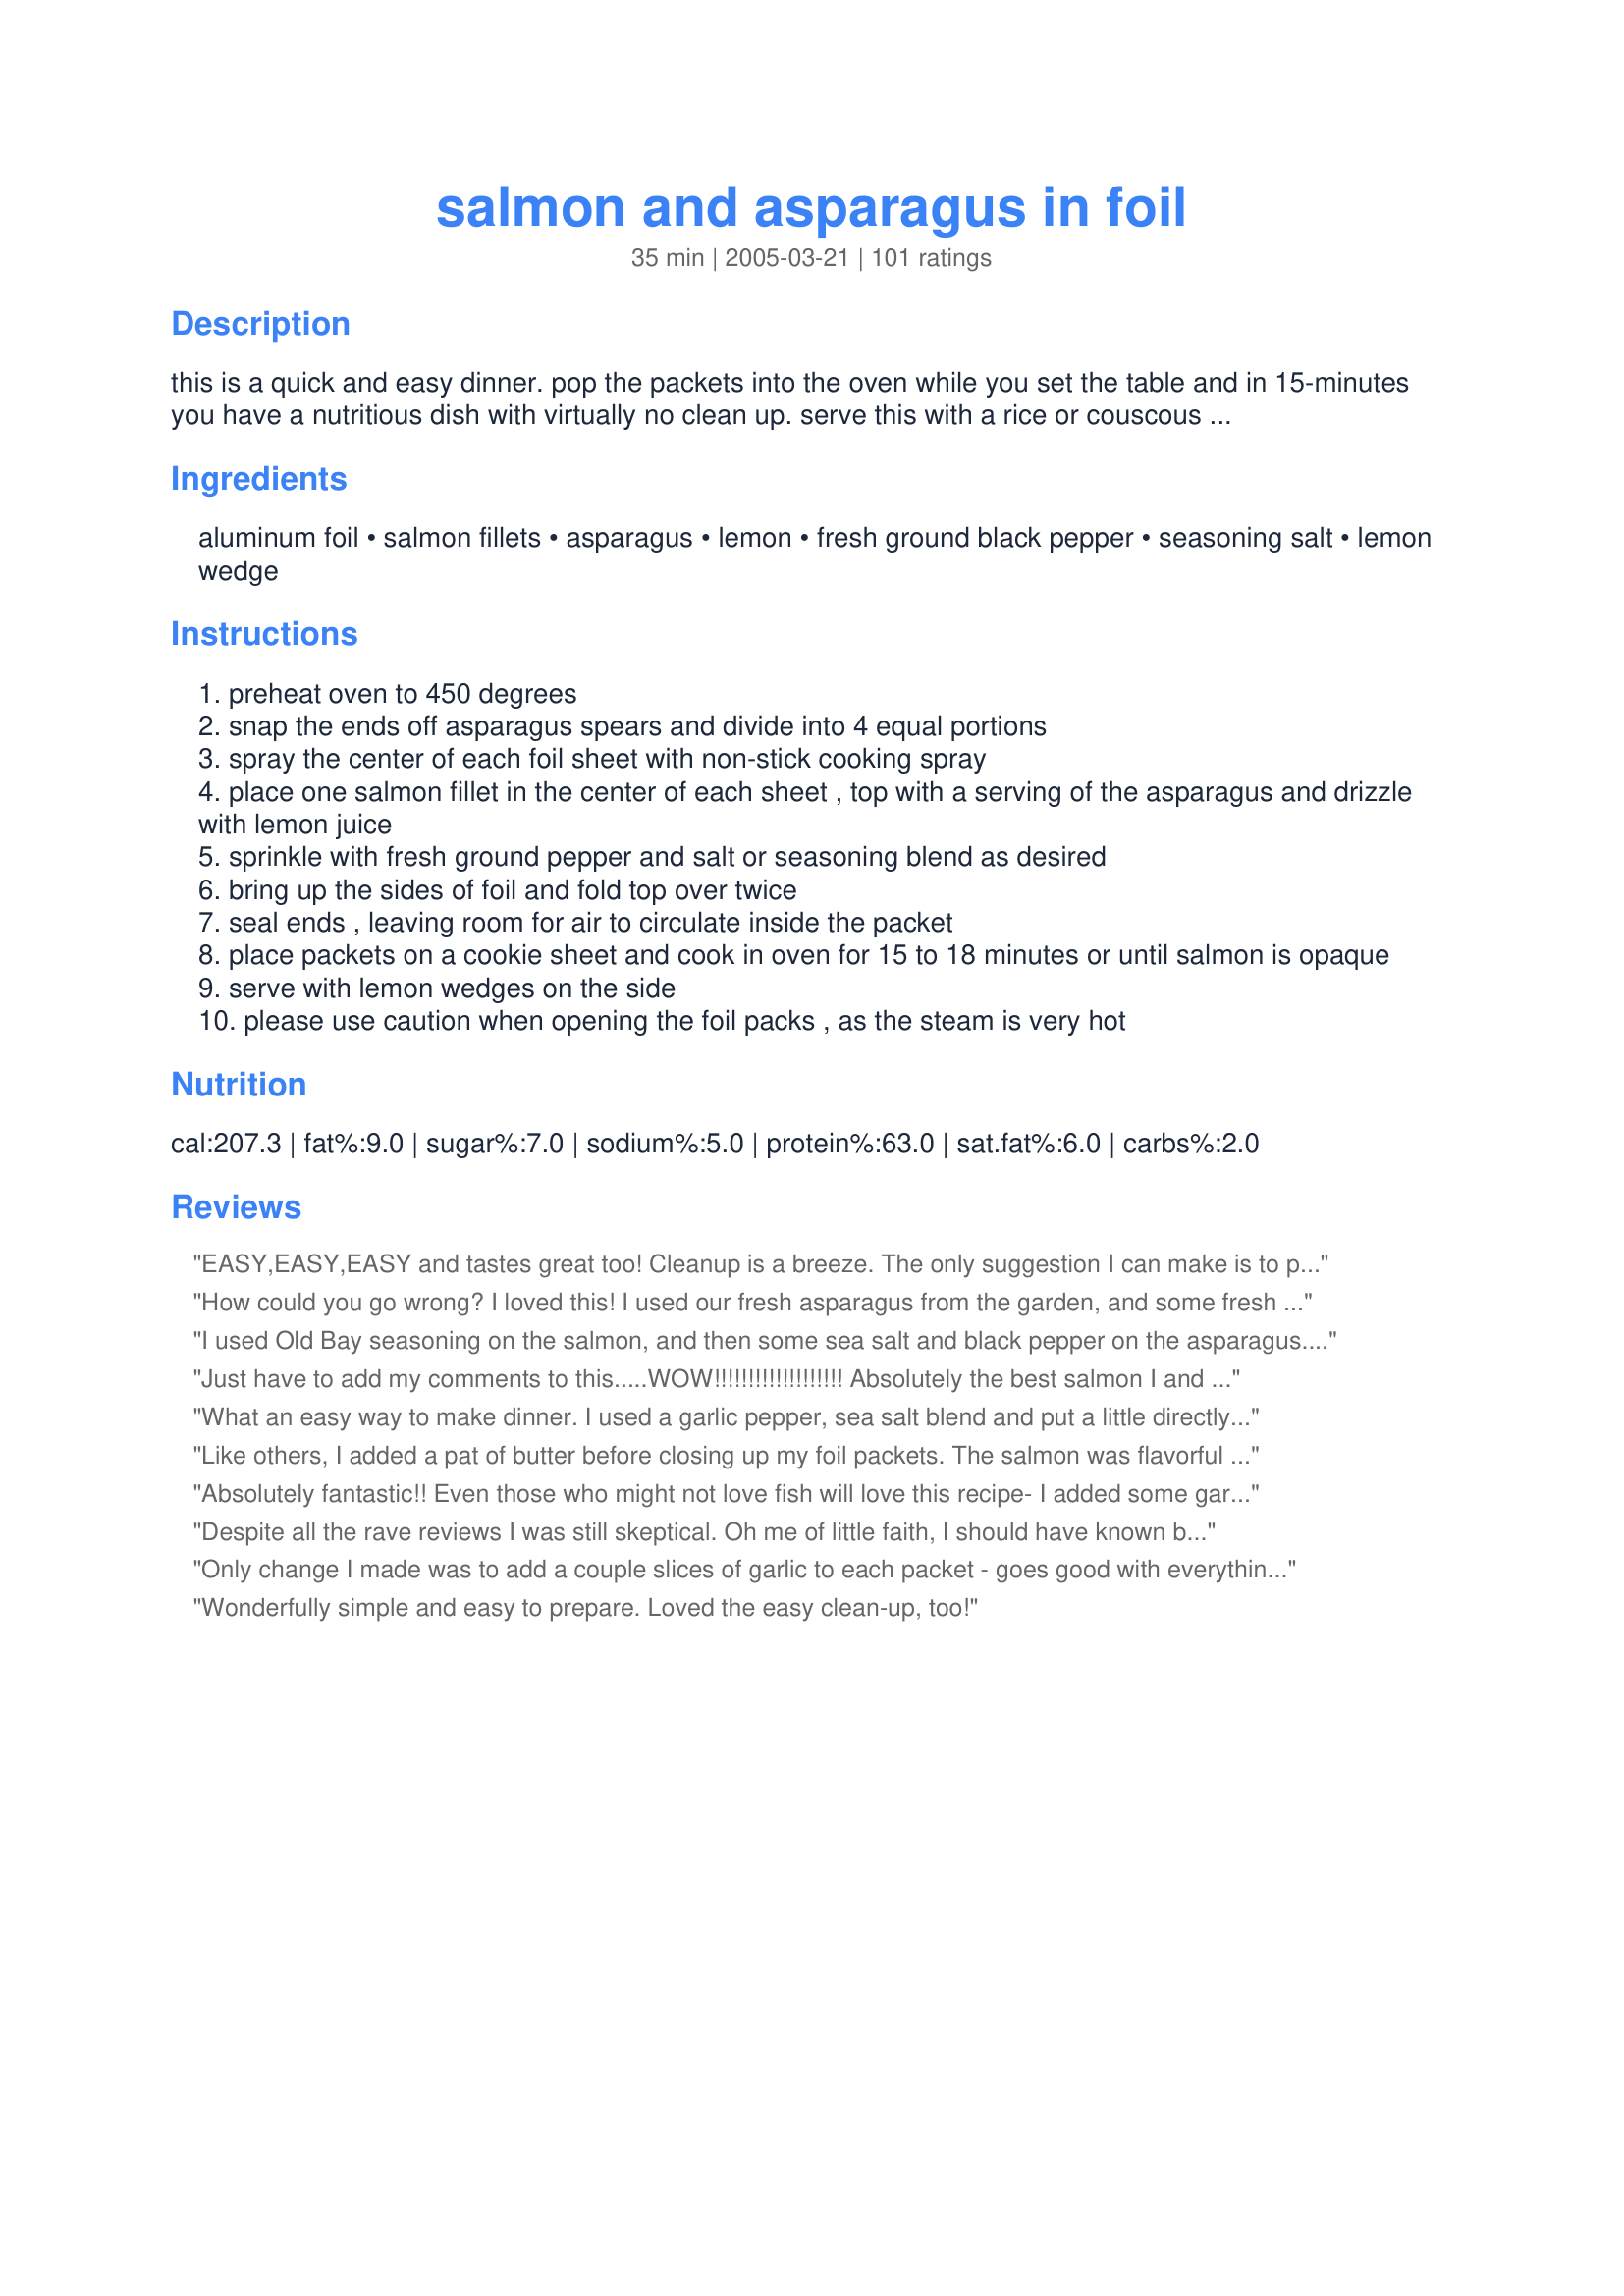
salmon and asparagus in foil
Preparation time: 35 minutes

this is a quick and easy dinner. pop the packets into the oven while you set the table and in 15-minutes you have a nutritious dish with virtually no clean up. serve this with a rice or couscous dish and extra lemon on the side. this recipe was found at another web site.

Ingredients:
aluminum foil, salmon fillets, asparagus, lemon, fresh ground black pepper, seasoning salt, lemon wedge

Steps:
preheat oven to 450 degrees
snap the ends off asparagus spears and divide into 4 equal portions
spray the center of each foil sheet with non-stick cooking spray
place one salmon fillet in the center of each sheet , top with a serving of the asparagus and drizzle with lemon juice
sprinkle with fresh ground pepper and salt or seasoning blend as desired
bring up the sides of foil and fold top over twice
seal ends , leaving room for air to circulate inside the packet
place packets on a cookie sheet and cook in oven for 15 to 18 minutes or until salmon is opaque
serve with lemon wedges on the side
please use caution when opening the foil packs , as the steam is very hot

Reviews:
EASY,EASY,EASY and tastes great too! Cleanup is a breeze. The only suggestion I can make is to put more spices on the salmon before the asparagus is added.
How could you go wrong? I loved this! I used our fresh asparagus from the garden, and some fresh Copper Salmon (special treat). Wow, what a dish! Who doesn't love foil-packets? Thanks for a simple, quick, extra special meal. Next, time zucchini....Thanks, Paula! xoxoxo Made for ZWT7
I used Old Bay seasoning on the salmon, and then some sea salt and black pepper on the asparagus. I also subbed a small pat of butter instead of the lemon in the packet, and just used lemon after it cooked. Fabulous!
Just have to add my comments to this.....WOW!!!!!!!!!!!!!!!!!!! Absolutely the best salmon I and my husband have ever had. I will definitely be making this again and I am going to adapt the recipe for the grill and for camping. Thank you so much for the best salmon I have ever had!!!
What an easy way to make dinner. I used a garlic pepper, sea salt blend and put a little directly on the salmon as well as on top of the asparagus. I don't think it would have had enough flavor other wise, so I am glad I did. Clean up is so easy with this because of the foil packets. I would definitely make this again.
Like others, I added a pat of butter before closing up my foil packets. The salmon was flavorful and moist. The asparagus was simply asparagus, which isn&#039;t a bad thing. I&#039;m so happy I tried this recipe, and I plan to make it regularly. Thanks for sharing!
Absolutely fantastic!! Even those who might not love fish will love this recipe- I added some garlic powder & olive oil to salmon before baking and it came out delicious!! Really easy to make- I love recipes like this.
Despite all the rave reviews I was still skeptical. Oh me of little faith, I should have known better! This was so tasty and easy to make. I marinated the salmon in teriyaki sauce and added some brown sugar prior to baking. The result was fish that melted in the mouth, and the asparagus was perfectly cooked with some crispness to it. My husband isn&#039;t much of a fish eater but agreed I &quot;knocked it out of the park.&quot;
Only change I made was to add a couple slices of garlic to each packet - goes good with everything, doesn't it? This is a super easy recipe with wonderful results and hardly no cleanup. What more could you ask for? Thanks for another keeper, Paula.
Wonderfully simple and easy to prepare. Loved the easy clean-up, too!
i enjoyed it, but it didn't win the kids over, and they will usually eat almost anything. The asparagus was perfect.
I love healthy & easy food. This is great and versatile. I've used green beans, zucchini, and the asparagus. Yum! Any my kids love opening the packets.
Lovely way to prepare salmon. Clean, fresh flavors and super simple prep. Also very healthy. Loved it, Paula. Thanks.
This was so awesome. I sprinkled garlic power and onion powder along with salt and pepper on top. I&#039;ll be making this again.
This recipe changed the way I think about cooking fish. It also got me and the bf eating asparagus! I make this at least every other week. It's great exactly as written or you can experiment with different spices/sauces. One of my favorite variations is soya sauce and maple syrup with garlic. I've also used brocolli and/or yellow zuchini when I didn't have asparagus on hand. I usually use the affordable frozen portions of salmon and it always turns out great, you can it even cook it from frozen for a few minutes longer and it turns out the same! Thanks for a keeper!
With salmon & asparagus on sale, this recipe was perfect. Quick to put together and it has a nice, subtle flavor. Clean-up is easy too. I split 1 lb of asparagus between 2 pieces of salmon.
Try a Tblsp of dijon mustard and a Tblsp of brown sugar on top of the salmon. Then the asparagus with s and p.
Roast at same temp and same time...I think it will make you happy
Easy, healthy and quick, the perfect weeknight dinner.
Excellent. I used salt, pepper and Cajun seasoning.
I followed the recipe exactly but just felt underwhelmed by the dish. On the plus side, it is certainly a fast easy way to simultaneously cook salmon and asparagus. Taste-wise it's a little bland. Also, the asparagus gets stuck to the salmon which hampers the presentation somewhat. I'd make it again in a pinch if I was very short on time and wanted a healthy meal in a jiffy.
Simple and very very tasty. The asparagus was done to perfection, as was the salmon. Very flavorful, even though few spices are used. This is a keeper for me!
This was hands down, the best fish I've ever had! I halved the recipe, since there were only two of us, and made up the dill sauce from Recipe #262920. I served the fish and sauce over rice and made a lemon-butter dipping sauce for the asparagus. Quick, easy, and scrumptious!
This was very good! I made this for a camping trip and used white asparagus as well as some green pepper and onion. I only wish that they would have tasted a bit more lemony. Thanks PaulaG!
I have made this in the past and LOVED it. Thanks for an unique, easy, and healthy recipe. I will have to try it with the cheaper frozen salmon to see how it turns out. Thanks again!!
This recipe is very easy to prepare & makes a very elegant presentation. The only change I made was to sprinkle some minced garlic on top.
We loved this! We make salmon a lot, usually with teriyaki and maple on the grill. This is now in the rotation! Making for the second time right now. The first time I had pretty thick asparagus, and it didn't quite cook enough; this time I'm using thin, white asparagus. I can't wait to try this out with different veggies and flavors - tonight I sprinkled on some sweet ginger Asian seasoning at the request of my hubby. Thanks for such a great, easy recipe, with minimal work and miniscule clean up!
Easy with very little cleanup. The asparagus came out very tender.
Wow! This is only the second time I've cooked fish, I was amazed at how easy this recipe was. I used 2 lbs of asparagus just because hubby and I both love it. I used lemon pepper seasoning instead of seasoning salt and I used plenty of lemon juice. Hubby is the fish connoisseur in the family and even he said it tasted professional.
I'll make this one again and again!
Five stars for super easy cleanup and taste. This is my kind of cooking! Simplicity at its best.
Hubby made this for us a few nights ago and it turned out perfect and delicious! So easy to prepare and cook, will definitely be making again!
This was so tasty and easy to do. We both loved it. Thanks for posting .This was made for zwt6 for the Xtra hot dishes
I tried this last night and it worked out great. I used lemon pepper to season with 'cuz I love fish and lemons. I had to cook it another 10 min in my crappy German oven, but eventually cooked through! I'm looking forward to trying this with different seasoning. I love the versitility and protablity of it. This is great for those busy work weeks!
Loved this! I was able to put the packets together on my lunch break and then my husband popped them in the oven when he got home and by the time I got there they had finished cooking. So simple and delicious, not to mention healthy!
This is a teriffic recipe !! ...so tasty and yet so simple...this is a keeper ..I made as directed but put slices of lemon on top then covered with foil ... I will definately make this again...Thanks Paula
I cook for a family who loves salmon, and asparagus. I've always prepared them seperately, but this recipe caught my eye. I tried it today, & this is their new favorite! I rubbed the salmon well with lemon and added a small rosemary sprig to each packet. Also, I used seasoned pepper, without using salt. I can't wait to make this for my own family, & will even try other types of fish, such as sea bass, halibut, etc... YUM!
We love this recipe! So easy. My 2 1/2 and 4 1/2 love it and so does my picky husband. Both the asparagus and salmon are always perfect and you can experiment with other seasonings etc... I don't like to spend a lot of time in the kitchen, i love to eat and like to cook healthy, this recipe meets all my requirements!
This is pretty good. It's also very easy with few ingredients. This is the second time we've made this. I think we'll probably have it again.
This was so tasty, and super easy to prepare. Adding the asparagus to the foil to bake right along with the salmon produced such tender asparagus spears that were cooked to perfection. I really liked this recipe. Thanks, PaulaG. Made for ZWT7, Mischief Makers.
This was a great way to cook salmon! The fish dosen't dry out and stays so moist in the foil This would also be great for camping! I will use this recipe often, thanks!
I made it the night before and took it on a picnic the next day. Even though I was eating it cold it was delicious and the moistest fish I've ever had.
This was absolutely amazing! I will surely be making this agani soon! My husband absolutely loved it. I got my salmon from Harris Teeter and it was very fresh. I think I will make it this week again!
This is super easy and delicious!!! I really love how this cooked the salmon perfectly! I had seen this en papillote/al cartoccio method on cooking shows but never got around to trying it until tonight!! What took me so long???? The salmon and asparagus both tasted so flavorful because they steam in their own juices! I had used fresh cracked black pepper and kosher salt with my lemon juice and I sprinkled a little extra virgin olive oil over the fish and then the asparagus. I used salmon filets with the skin still in tact and I layed that side down on the foil to create a barrier between the foil and the flesh of the fish. I had some large salmon filets so mine took about 25 minutes to cook through in the middles. I really loved this method and the easy little mess clean up too, will definitely make again!!!
This was easy and tasted really nice. Mine took a little longer to cook through than the time stated, but it was also very cold to start. The asparagus needed something extra - they were a little bland. Thank you!
Very good and so easy! I love this because it is fuss-free with the foil packet. The salmon stayed moist and tender and the asparagus was perfectly crisp tender. Will be making it again for sure!
Thanks for sharing. This meal was very quick and easy to prepare! Turned out wonderful and the clean up was even better.
Very easy and tasty recipe.
My family went crazy over his recipe and its so quick and easy! Thank you so much! They think I&#039;m a genius!
Wow! Honestly with the ingredients list... I wasn't expecting anything AMAZING but I had some asparagus I had to use up... WOWWWWWWW. I was SO wrong. This was the best salmon I've ever eaten. Thanks! I followed directions almost exactly except used freshly ground lemon pepper and garlic salt on 1/2 lb fillets and topped with lemon slices while baking. I have a hot oven and it still took 25 minutes but I had FAT salmon :) This will be my go-to everytime salmon is on sale from now on!!
I have made this several times so far and it comes out perfect each time. I use a season blend to season my salmon and asparagus...I think it is called Old Bay. Anyway, even my 2 year old devoured her plate and she normally refuses vegetables and fish. The asparagus we tender and delicious. Thanks for a keeper! PS. I now cook my chicken in foil...perfect and no mess!
Awesome ! I am always nervous to cook fish because I always RUIN it by overcooking ! Not with this ! It was Awesome ! This is a keeper, in fact, I'll be doing my other fish just the same ! Loved it !!! Thanks for sharing it !! And best of all, totally low cal !!! Love it !
Wonderfully tender salmon! Easy to make and no mess to clean up!!! I don't think I'll include the asparagus the next time I make it. I tend to like my asparagus a little on the "crunchy" side -- more like a stir-fry. Asparagus was the perfect vegetable to serve, but I'll just stir-fry it on the side from now on. I added a little bit of garlic powder to the salmon along with the pepper and seasoned salt. The baking time was right on. Very nice way to prepare salmon. Thank you for the recipe.
Very simple, healthy and quick recipe that doesn't use a whole lot of ingredients. Thanks for posting!
YUM! We were going to get Copper River Salmon, but I will NOT pay $23.00 per pound! Then when I shopped they had no wild-caught, and as much as would rather have wild-caught I ended up with farm raised salmon. At any rate, it tasted great! (We wrapped up the fish in foil and roasted the asparagus, we just like it that way best.) Thanks Diva Paula for a great meal that will be repeated!
i love this easy great receipe. i make mine just a teeny bit different. i wrap in parchment paper, i use frozen fillets and top it with salsa before baking. the frozen salmon adds the moisture and cooks the asparagus and the salsa makes it colorful and a little spicy. it is great!! i got these tips from a friend of mine, emma, who is a fabulous cook.
Wow!! Very very good, and it added great flavor to the asparagus! Thanks!!
A perfect recipe! I knew I'd love this when I saw it, salmon and asparagus are two of my favourite foods and it is so easy to make, yet looks elegant enough for a dinner party. I used a little of a garlic and chili seasoning salt and after 18 minutes I had a beautiful looking and tastebud-tentalising dinner. Thanks for sharing!
Divalicious!!!! This salmon is so good and so easy and even better - NO Clean Up!!! I added extra lemon and I will be making this delicious and healthy recipe again!!! *Zaar World Tour 3*
I put a thin layer of refrigurated butter over veggies a little bit of garlic salt &amp; a quick sprinkle of soy sauce. I marinated with a lemon juice peppered marinade from the grocery for about 3 hours. I also lightly salted the fish, peppered it, &amp; had lemon wedges for while I was eating the fish. I had good sized cuts of salmon. Cooked it for 30 min n 450degrees. It was amazing. We also halved a sweet potatoe! So amazing! Making it again tomorrow!
Quick, easy, tasty and healthy. I also added some oregano and a teaspoon olive oil (ok, I'm Greek I can't helped it). Salmon is so easy to make and so healty, I'm trying to eat at least once a week and this is a keeper. Thanks PaulaG. Made it for ZWT3.
I thought this was good, but a litlte bland, so I served it with Hollandaise. that made it WONDERFUL
Insanely easy and tasty. I like the tip about snapping off the ends of the asparagus.
This was wonderful! I got all the way to the part about drizzling the fish with lemon juice before I discovered my toddler had poured my entire bottle of lemon juice into his toy kitchen sink. I subbed orange juice, and it was still amazing. I'm not a big fan of fish (hate it, actually), but dh is on a salmon kick. I love asparagus, so this was the perfect compromise for us! I loved how the asparagus masked the fishy flavor of the salmon. This one will be made many, many times in our house! Thank you!
What a simple, healthy, fast and good meal. Perfect for a weeknight. Made for the Culinary Quest 2014.
Healthy, delicious, and easy to make! I will be making this more often, especially when I am watching my carbs!
I'm already a big fan of salmon but never really ate asparagus. This recipe ensured both tasted pretty good. The salmon was awsome and the asparagus was fine (which is saying a lot). I used lemon pepper and a dash of salf for my seasoning. Thank you for helping me eat my veggies!
This was fabulous- a keeper for us. I put a little Old Bay Seasoning on top of the salmon and drizzled with olive oil. Otherwise, followed the instructions exactly.
I made this as directed except for adding a pat of butter to each packet. The salmon and the asparagus came out nicely cooked. Great simple recipe. I will be making this again.
really tasty! My asparagus was a bit on the thick side, so i blanched it for a minute or two before adding to the foil parcels, and it turned out perfectly
This is a very tasty, easy to make recipe. I added a slice of lemon to the top of the asparagus before closing the packet. That is the only change I made. I will be making this again it would be good made with other vegetables. Thank you Paula, for another yummy recipe.
EASY, HEALTHY and DELICIOUS! Everything you could want for and ask for in one.

Thank you!!!
This is a great recipe, it's really easy to make and is delicious and great for entertaining. We added dried dill to it for extra flavor. Definitely one of our new favorite weekday recipes!
This was my first attempt at cooking Salmon. It was quick, easy and very tasty. I recommend it for the very beginner chefs. Thanks for this great idea.
This is so delicious and easy! I can get similar results with other recipes, but it takes 3 times as many dishes. Try using other veggies too... it works wonderfully with broccoli and squash.
Love it! The asparagus cools wonderfully like this! Thanks!
Great recipe. Easy, fast and oh so delicious. Don't bother with the asparagus. Be sure to try the dill sauce recipe #83350. Thanks
Tasty, healthy and easy to make. What is not to love about this recipe? I even used farm raised salmon, which I don't usually buy and I still really enjoyed the flavor. I could only imagine if I had the money to spend on some wild Alaskan sockeye, lol. Can't even begin to say that there is literally nothing to prep for this recipe. Break a few asparagus stalks, of which I was finally able to find some of the little skinny kind I like. Outstanding. I halved the recipe and will be bringing the second portion to work tomorrow for lunch, DH is away for work and missed a great meal, lol. Edited to add that I used ~Rita~ Recipe #191455 for the seasoned salt.
My husband & I both enjoyed this. I added some butter, mayo & dill to each packet. Nice to have a new way to get more fish in the diet.
Thanks Paula!
My husband just told me that this was the best meal I have ever served up for him. Delicious. Served with cous cous and with finely chopped green, red and orange peppers, celery & cucumber. Salmon perfectly cooked and asparagus tips delicious. Thank you
Quite easy to prepare and I really enjoyed it. I did spray the foil with an olive oil spray I have and then sprayed the filets, also used a little garlic salt, in addition to the salt and pepper. I used both asparagus and a few string beans as I only had about a dozen asparagus spears and decided the string beans tasted as good as the asparagus. Made for ZWT4.
This a great recipe for beginner cooks! I had never cooked salmon before this, but this recipe was quick and easy. Despite my lack of culinary experience, the fish was extremely tasty. I added a little garlic powder on the recommendation of previous reviewers. The faint hint of garlic went well with the seasoning salt and lemon. Even my boyfriend, the cook of the house and not a huge lover of fish, was impressed. I served the fish with Garlic and Olive Oil flavored couscous to go with the garlic on the fish. I'll be making this again soon!
I thought I hated asparagus, but the trick of snapping the ends off worked! I never had asparagus before, but dh loves it, so I have tried to cook it before, but failed miserably. I didn't know how to prepare it! I will be buying more in the future. Oh, did not change ingredients, but cooked at 350 for 30 mins due to my finicky oven. Salmon was perfect!
This is a new favorite. A perfect, delicious recipe with a nice presentation<br/> (I went old school and used parchment paper)
Love it! Super quick and simple dinner, I served it with brown rice. I added some Ms Dash lemon pepper seasoning and table salt instead of the fresh ground pepper and seasoning salt and would probably do it again next time. Thank you!
I made this for dinner last night, leaving it in the oven for the full 18 minutes and it turned out perfectly cooked. It was very easy and quick to make, healthy and satisfying and I loved that there was basically no washing up to do. &lt;br/&gt;&lt;br/&gt;Slightly lacking in flavour for me, but then I really like a sauce on fish and I didn&#039;t have any seasoning salt so used Italian herbs instead. I served it with microwaved brown rice.&lt;br/&gt;&lt;br/&gt;Will leave a rating after I try it with seasoning salt.
we loved this! my kids too.
easy to make, easy clean up.it's a win win recipe.
Five stars from my husband! (I don't eat fish) I added a drizzle of olive oil and a light sprinkle of granulated garlic before cooking. He said that the fish was very moist and flavorful. I served it with quinoa on the side. At his request, I will make this again! Thanks for the great recipe!
This meal was absolutely to die for.... wow - great flavour - so easy - This is definately a keeper - Thanks for sharing this one PaulaG
This was fabulous! I haven't done much with Salmon and this was super simple and delicious. I used Agave instead of brown sugar to keep the glycemic index down and it seemed to be just fine.
What and excellent recipe - I made this after a very busy day and it's not often I can cook something as elegant then! Personally I didn't think it needed garlic, the delicate flavours of asparagus and lemon were enough for me. A keeper! Thanks Paula.
Made this last night. Very tasty and filling. Surprisingly fast and easy with little cleanup. The store didn't have any asparagus, so I used thinly sliced yellow squash and fresh dill. I also substituted parchment paper for foil in case the acid from the lemon juice reacted to it and stapled the paper together to seal it. The salmon was still frozen, so I let it cook a little longer (too long haha). Came out just a little bit dry but still very good. Plan on making again and would highly recommend. Would also play around with different types of fish, veggies, and seasonings.
Fantastic recipe! I used a William Sonoma seasoning fish rub to add some more flavor, but I think I could have done just the recipe itself. Highly recommend for a simple fantastic meal
1/21/2008: This was wonderful! I used larger fillets, so my cooking time was a little longer - about 25 minutes. I also added a tsp of butter to each foil pack. The taste was amazing! Thanks, PaulaG! UPDATE: This recipe made it into my Book #235514 cookbook! Thanks, again, Paula G!
Super fast, super easy, and super tasty! Thank you for sharing - I'll definitely be making this again.
The only way that we will eat salmon fillets, although mum drizzles olive oil over as well as lemon juice before baking it. it really adds to its flavour. thanks for posting. MISs Pixie x x x :D
My husband and I loved it so much we're having it twice this week! We used Durkee brand garlic pepper and sprinkled it right on the salmon before we put the asparagus on. Super delish!
Fantastic recipe. It turned out delicious. It serves very well with rice. It&#039;s very simple on the seasoning, but it tastes fantastic. I believe I used salmon steaks that were larger than 5 oz, per steak, so there was a longer cooking time. I would definitely make again. Thank you for sharing.
Delicious and so easy! I didn't change a thing. Thanks for sharing!
Good recipe. I added shrimp. Easy to put together.
I make this and variations on it often. Usually I make it with more herbs and spices so I was pleasantly surprised to find out how nice it was with just the lemon, salt and pepper. Turned out I was out of tinfoil, so I thought I'd note that this also works fine in a covered roasting pan/dutch oven. I criss-crossed the asparagus on the bottom and laid the fish on top to avoid it sticking to the pan.
mmm wonderful way to cook salmon, it stayed lovely and moist, the timing was perfect for both the salmon and the asparagus. Lovely lemony taste. Thanks for sharing a keeper we will use again.
So easy! I've made these several times. My DH always brightens up a bit when I tell him this is for dinner. Try adding sliced onions and bell pepper to the packets with the asparagus. Tasty and pretty, too!
